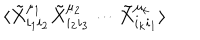
\langle \tilde { X } _ { i _ { 1 } i _ { 2 } } ^ { \mu _ { 1 } } \tilde { X } _ { i _ { 2 } i _ { 3 } } ^ { \mu _ { 2 } } \cdots \tilde { X } _ { i _ { k } i _ { 1 } } ^ { \mu _ { k } } \rangle